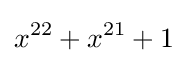
x^{22}+x^{21}+1